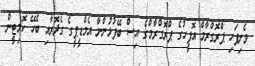
ވެށިފަހި ޕްރޮގްރާމް އޮފީހުގެ ޕްރޮގްރާމްގެ އިސް ބޭފުޅުންނާ އެމްޑީޕީގެ ގެދޮރާއި ބެހޭ ކޮމިޓީން